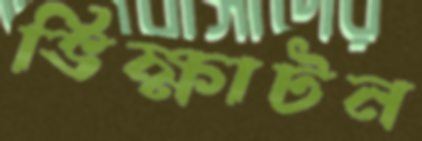
ভিক্ষাটন